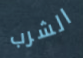
الشرب